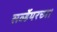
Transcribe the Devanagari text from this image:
सर्व्हेयरच्या